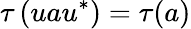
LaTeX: \tau\left(uau^{*}\right)=\tau(a)